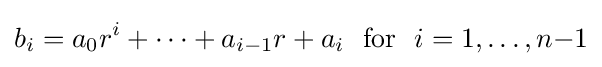
b_{i}=a_{0}r^{i}+\cdots +a_{i-1}r+a_{i}\ {\text{ for }}\ i=1,\ldots ,n{-}1